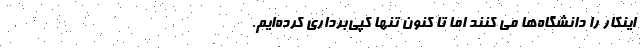
اینکار را دانشگاه‌ها می کنند اما تا کنون تنها کپی‌برداری کرده‌ایم.